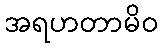
အရဟတာမိဝ